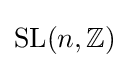
\operatorname {SL} (n,\mathbb {Z} )